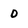
Character: D